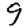
Digit: 9